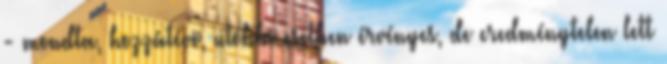
- mondta, hozzátéve, utóbbi esetben érvényes, de eredménytelen lett